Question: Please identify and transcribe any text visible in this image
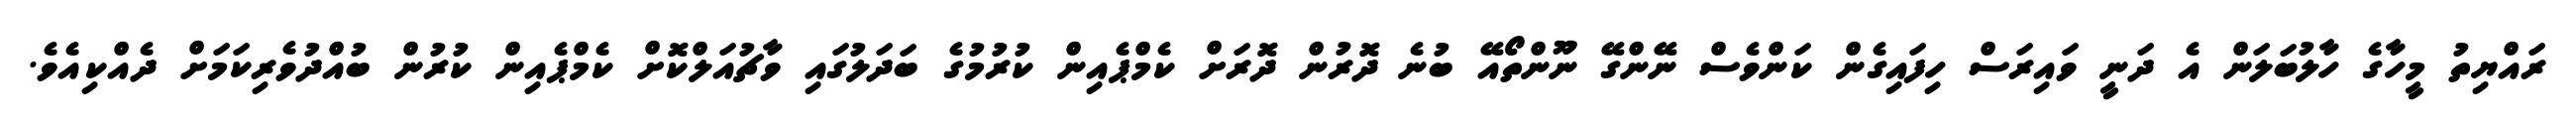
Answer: ރައްޔިތު މީހާގެ ހާލުބަލަން އެ ދަނީ ވައިރަސް ހިފައިގެން ކަންވެސް ނޭންގޭ ނޫންތޯއޭ ބުނެ ދޮރުން ދޮރަށް ކެމްޕެއިން ކުރުމުގެ ބަދަލުގައި ވާޗުއަލްކޮށް ކެމްޕެއިން ކުރުން ބުއްދުވެރިކަމަށް ދެއްކިއެވެ.